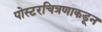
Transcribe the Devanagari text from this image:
पोस्टरचित्रणाकडून